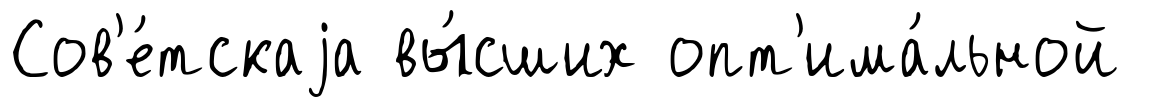
Сов'е́тскаjа вы́сших опт'има́льной